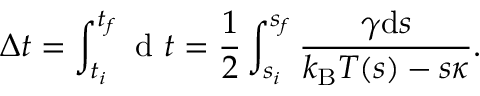
\Delta t = \int _ { t _ { i } } ^ { t _ { f } } \textrm { d } t = \frac { 1 } { 2 } \int _ { s _ { i } } ^ { s _ { f } } \frac { \gamma \mathrm { d } s } { k _ { \mathrm { B } } T ( s ) - s \kappa } .